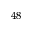
^ { 4 8 }